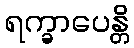
ရက္ခာပေန္တိ